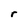
Character: r